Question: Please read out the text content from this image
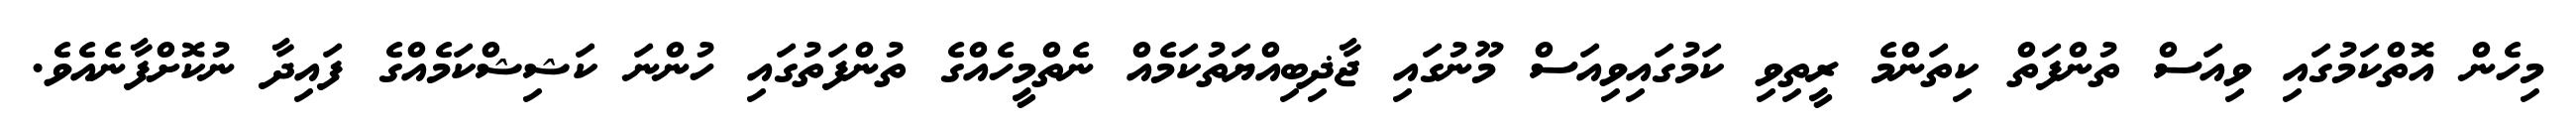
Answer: މިހެން އޮތްކަމުގައި ވިއަސް ތުންފަތް ކިތަންމެ ރީތިވި ކަމުގައިވިއަސް މޫނުގައި ޖާޛިބިއްޔަތުކަމެއް ނެތްމީހެއްގެ ތުންފަތުގައި ހުންނަ ކަޝިޝްކަމެއްގެ ފައިދާ ނުކޮށްފާނެއެވެ.